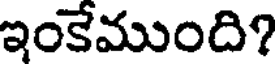
ఇంకేముంది?